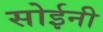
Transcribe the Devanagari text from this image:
सोईनी